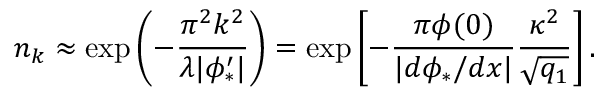
n _ { k } \approx \exp \left( - \frac { \pi ^ { 2 } k ^ { 2 } } { \lambda | \phi _ { * } ^ { \prime } | } \right) = \exp \left[ - \frac { \pi \phi ( 0 ) } { | d \phi _ { * } / d x | } \frac { \kappa ^ { 2 } } { \sqrt { q _ { 1 } } } \right] .